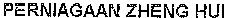
PERNIAGAAN ZHENG HUI